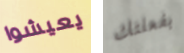
يعيشوا بفعلتك